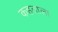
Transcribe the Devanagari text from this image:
कहताला